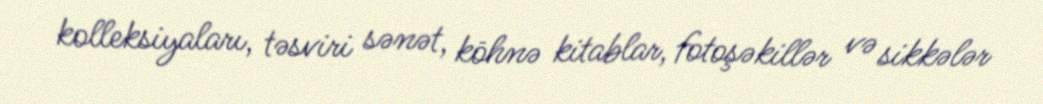
kolleksiyaları, təsviri sənət, köhnə kitablar, fotoşəkillər və sikkələr